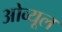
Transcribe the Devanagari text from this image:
ओव्यूल